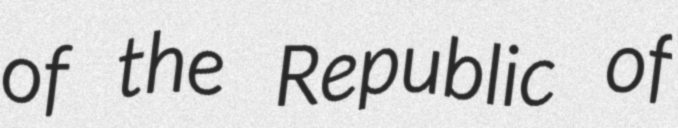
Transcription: of the Republic of